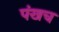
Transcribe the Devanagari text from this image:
पंखच